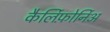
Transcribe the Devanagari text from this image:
कैर्लिफ़ोर्निअ